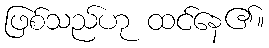
ဖြစ်သည်ဟု ထင်နေ၏။